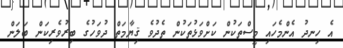
އެ ހިނދު އެންމެހައި މީސްތަކުން ކަށްވަޅުތަކުން ތެދުވެ ޤިޔާމަތް ދުވަހުގެ ބިރުވެރިކަން ބަލަން